Lunatic asylums United Prov. 1922-30 - 1922-1930
Year: 1922
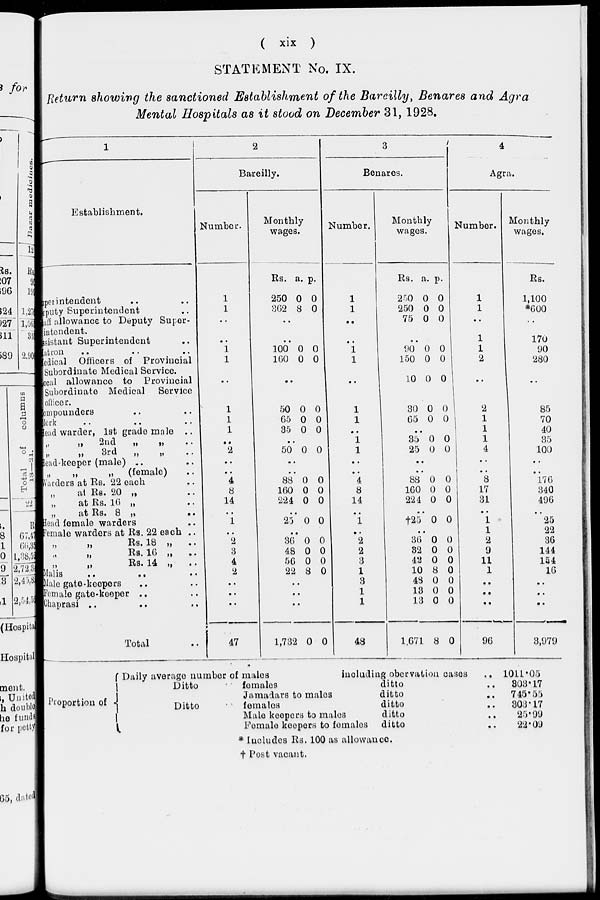
( xix )
STATEMENT No. IX.
Return showing the sanctioned Establishment of the Bareilly, Benares and Agra
Mental Hospitals as it stood on December 31, 1928.
1
Establishment.
Superinteadent .. ..
deputy Superintendent ..
taff allowance to Deputy Super-
intendent.
assistant Superintendent ..
datton .. .. ..
Hectical Officers of Provincial
Subordinate Medical Service.
Local allowance to Provincial
Subordinate Medical
Service
officer.
Compounders .. ..
Clerk .. .. ..
Head warder, 1st grade male
..
„ „ 2nd
„
„
„ „ 3rd „ „
Head-keeper (male) .. ..
„
„ „ (female) ..
Warders at Rs. 22 each ..
„ at
Rs. 20 „ ..
„
at Rs. 16 „ ..
„
at Rs. 8 „
..
3ead female warders ..
Female warders at Rs. 22 each ..
„
„
Rs. 18
„
..
„
„
Rs. 16 „ ..
„ „ Rs.
14
„
..
Malis .. .. ..
Male gate-keepers .. ..
Female gate-keeper .. ..
Chaprasi .. .. ..
Total ..
2
Bareilly.
Number.
1
1
..
..
1
1
..
1
1
1
..
2
..
..
4
8
14
..
1
..
2
3
4
2
..
..
..
47
Monthly
wages.
Rs.
250
362
a.
0
8
p.
0
0
..
..
100
160
0
0
0
0
..
50
65
35
0
0
0
0
0
0
..
50 0 0
..
..
88
160
224
0
0
0
0
0
0
..
25 0 0
..
36
48
56
22
0
0
0
8
0
0
0
0
..
..
..
1,732 0 0
3
Benares.
Number.
1
1
..
..
1
1
..
1
1
..
1
1
..
..
4
8
14
..
1
..
2
2
3
1
3
1
1
48
Monthly
wages.
Rs.
250
250
75
a.
0
0
0
p.
0
0
0
..
90
150
10
30
65
0
0
0
0
0
0
0
0
0
0
..
35
25
0
0
0
0
..
..
88
160
224
0
0
0
0
0
0
..
†25 0 0
..
36
32
42
10
48
13
13
1,671
0
0
0
8
0
0
0
8
0
0
0
0
0
0
0
0
4
Agra.
Number.
1
1
..
1
1
2
..
2
1
1
1
4
..
..
8
17
31
..
1
1
2
9
11
1
..
..
..
96
Monthly
wages.
Rs.
1,100
*600
..
170
90
280
..
85
70
40
35
100
..
..
176
340
496
..
25
22
36
144
154
16
..
..
..
3,979
Proportion of
Daily average number of males
including obervatiou cases
..
Ditto
Ditto
females
Jamadars to males
females
Male keepers to males
Female keepers to females
ditto ..
ditto ..
ditto ..
ditto ..
ditto
..
* Includes Rs. 100 as allowance.
† Post vacant.
1011.05
303.17
745.55
303.17
25.99
22.09